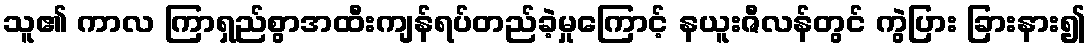
သူ၏ ကာလ ကြာရှည်စွာအထီးကျန်ရပ်တည်ခဲ့မှုကြောင့် နယူးဇီလန်တွင် ကွဲပြား ခြားနား၍